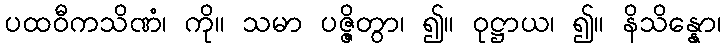
ပထဝီကသိဏံ၊ ကို။ သမာ ပဇ္ဇိတွာ၊ ၍။ ဝုဋ္ဌာယ၊ ၍။ နိသိန္နော၊